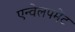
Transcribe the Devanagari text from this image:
एन्वेलपमेंट